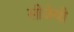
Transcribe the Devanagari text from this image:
सीजेबी